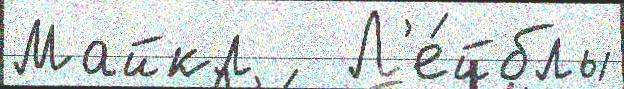
Майкл   Л'е́йблы